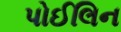
પોઈલિન